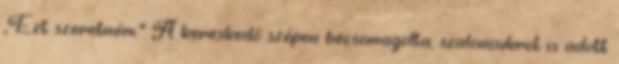
,,Ezt szeretném." A kereskedő szépen becsomagolta, szaloncukrot is adott